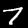
Label: 7